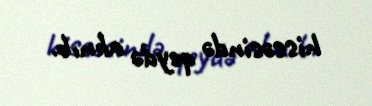
hissəsində qeydə alınıb.